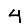
Digit: 4